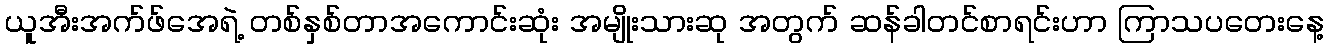
ယူအီးအက်ဖ်အေရဲ့ တစ်နှစ်တာအကောင်းဆုံး အမျိုးသားဆု အတွက် ဆန်ခါတင်စာရင်းဟာ ကြာသပတေးနေ့